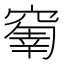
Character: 𥧗